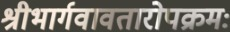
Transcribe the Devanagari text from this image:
श्रीभार्गवावतारोपक्रमः